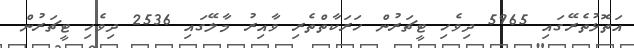
އަތޮޅުތެރޭގައި 5965 ދިވެހި ޓީޗަރުން ހަރަކާތްތެރި ވާއިރު މާލޭގައި 2536 ދިވެހި ޓީޗަރުން